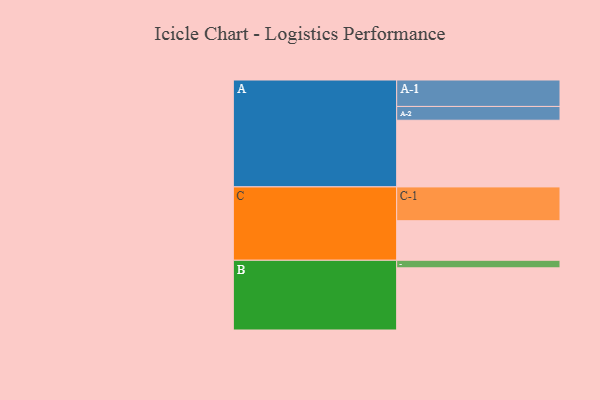
{"axis": {"x": "Segment", "y": "Value"}, "legend": ["", "A", "B", "C"], "data": [{"x": "A", "y": 590, "type": ""}, {"x": "B", "y": 550, "type": ""}, {"x": "C", "y": 350, "type": ""}, {"x": "A-1", "y": 234, "type": "A"}, {"x": "A-2", "y": 122, "type": "A"}, {"x": "B-1", "y": 67, "type": "B"}, {"x": "C-1", "y": 299, "type": "C"}]}